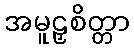
အမူဠှစိတ္တာ